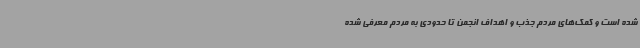
شده است و کمک‌های مردم جذب و اهداف انجمن تا حدودی به مردم معرفی شده